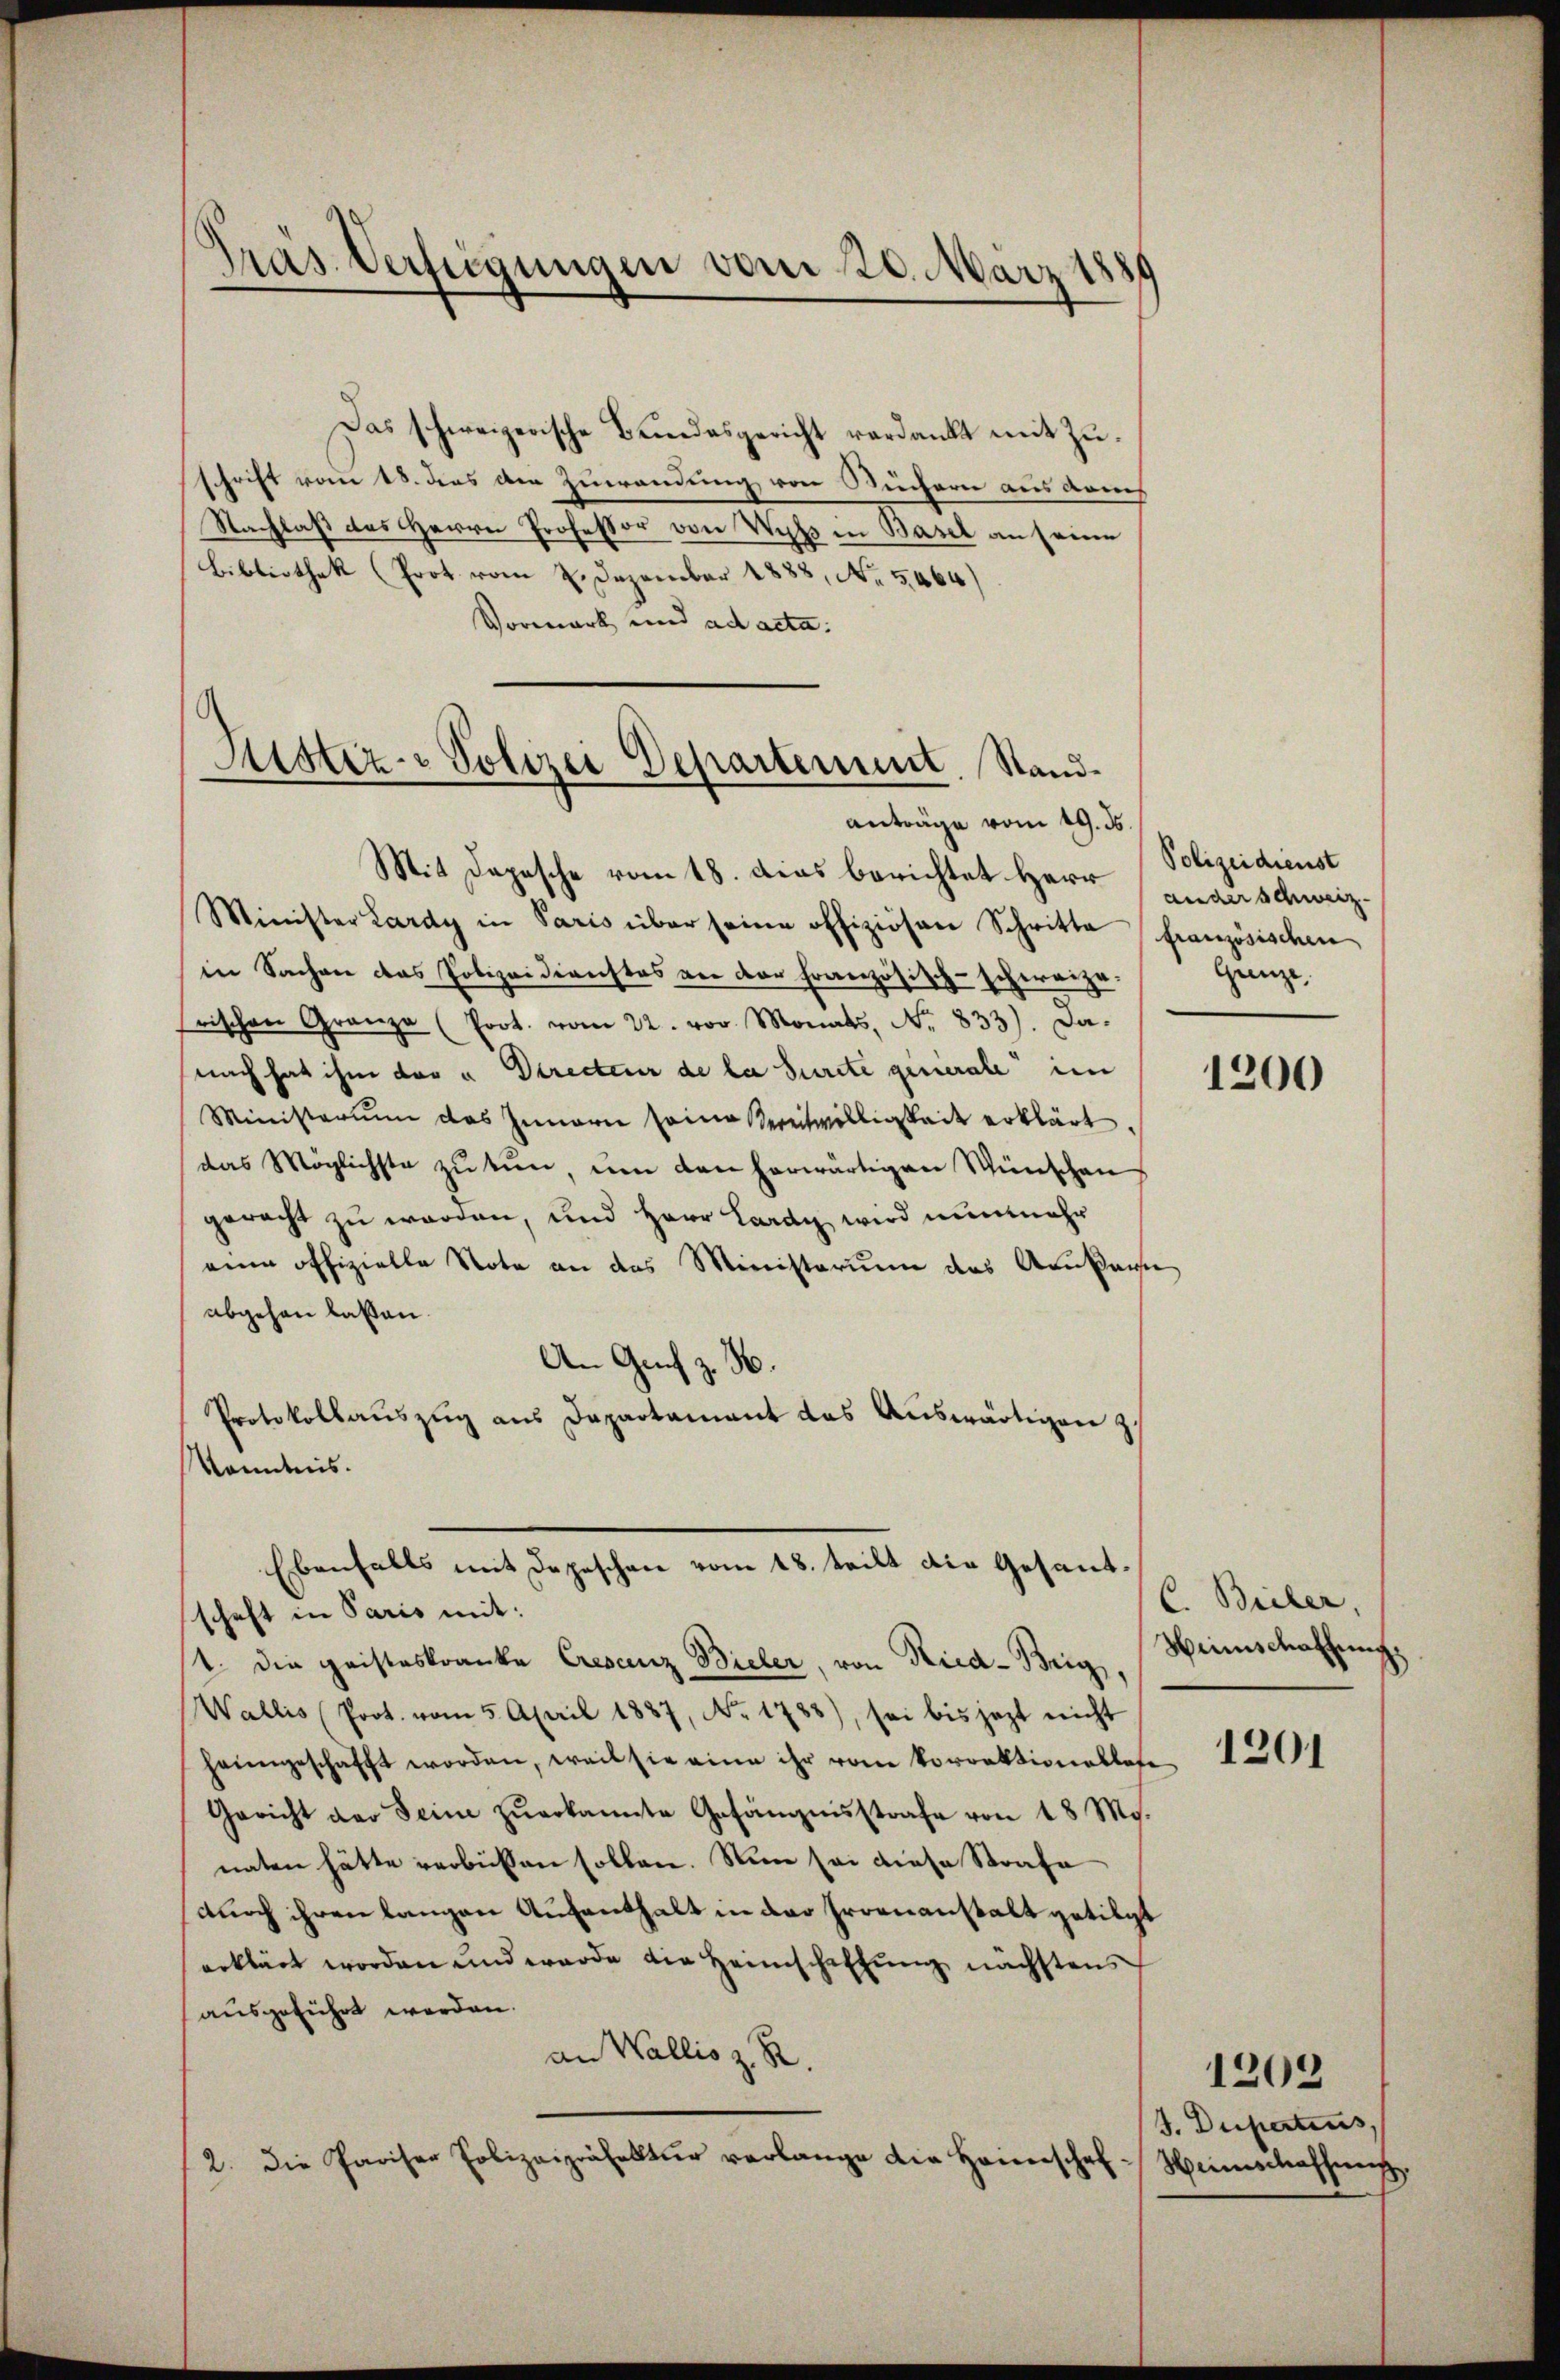
Präs. Verfügungen vom 20. März 1880

Das schweizerische Bundesgericht verdankt mit Zŭ-
schrift vom 18. dies der Zuwendung von Büchern aus dreis
Nachlaß des Herrn Professor von Wyß in Basel an seine
Bibliothek (Prot vom 2. Dezember 1888, No. 5064)
Vormark und ad acta.

Sistiz- & Polizei Departement. Stand
anträge vom 19. ds.

Mit Depesche vom 18. dies berichtet Herr unauschweiz.
Minister Lardy in Paris über seine offiziösen Schritte französischen
in Sachen das Polizeidienstes von der französisch-schweizerischen Granza (Prot. vom 22. vor. Monats, No. 833). Danach hat ihm der " Directeur de la Surcte generale im
Ministerium das Innern seine Vereitwilligkeit erklärt.
das Möglichste zu tun, um den herwärtigen Wünschen
geracht zu werden, und Herr Lardy wird nunmehr
eine offizielle Note an das Ministerium das Ankau
abgehen laßen.
An Genf z. B.
Protokollaŭszŭg aŭs Dapartamant das Aŭswärtigen z
Kenntnis.
Ebenfalls mit Depeschen vom 18. teilt die Gesantschaft in Paris mit:
1. die geisteskranke Crescenz Bieler, von Ried-Brig,
Wallis (Prot. vom 5. April 1887, No. 1788), sei bis jezt nicht
heimgeschafft worden, weil sie eine ihr vom Vorrektionellose
Gericht der Seine zŭerkannte Gefängnisstrafe von 18 Mg.
naten hätte verbüssen sollen. Nun sei diese Strafe
durch ihren langen Aufenthalt in der Proenanstalt getilgt
erklärt worden und werde die Heimschaffung nächstens
ausgeführt werden.
an Wallis z. R.
2. Die Pariser Polizeipräfektŭr verlange die Heinschaf-Heimschaffung

Polizeidienst
Grenze,

1200

C. Beiler,
Hrinschathung,

1201

1202
J. Dupertius,